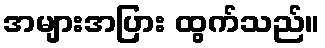
အများအပြား ထွက်သည်။